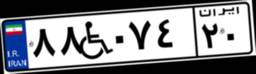
۸۸W۰۷۴۲۰